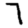
Digit: 7